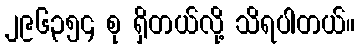
၂၉၆၃၅၄ စု ရှိတယ်လို့ သိရပါတယ်။